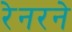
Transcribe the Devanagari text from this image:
रेनरने